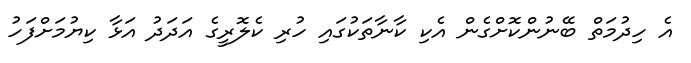
އެ ހިދުމަތް ބޭނުންކޮށްގެން އެކި ކާނާތަކުގައި ހުރި ކެލޮރީގެ އަދަދު އަޅާ ކިޔުމަށްފަހު